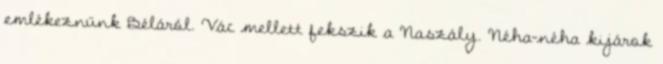
emlékeznünk Béláról. Vác mellett fekszik a Naszály. Néha-néha kijárok